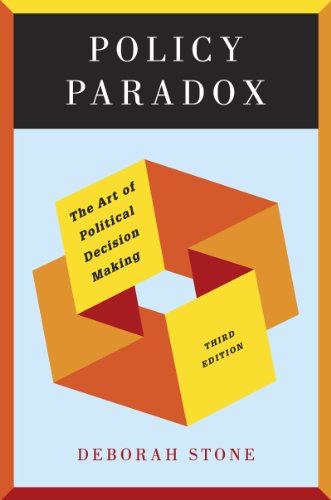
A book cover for Policy Paradox: The Art of Political Decision Making (Third Edition); Deborah Stone; Business & Money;